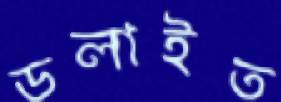
ডলাইত